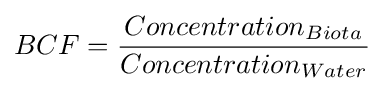
BCF={\frac {Concentration_{Biota}}{Concentration_{Water}}}